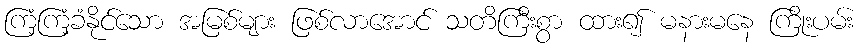
ကြံ့ကြံ့ခံနိုင်သော အမြစ်များ ဖြစ်လာအောင် သတိကြီးစွာ ထား၍ မနားမနေ ကြိုးပမ်း